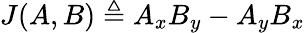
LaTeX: J(A,B)\triangleq A_{x}B_{y}-A_{y}B_{x}